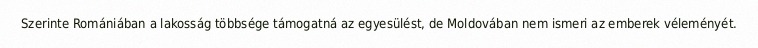
Szerinte Romániában a lakosság többsége támogatná az egyesülést, de Moldovában nem ismeri az emberek véleményét.